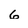
Character: 6